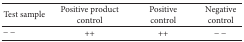
<table><thead><tr><td><b>Test sample</b></td><td><b>Positive product control</b></td><td><b>Positive control</b></td><td><b>Negative control</b></td></tr></thead><tbody><tr><td>− −</td><td>++</td><td>++</td><td>− −</td></tr></tbody></table>